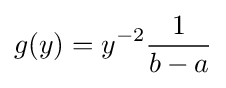
g(y)=y^{-2}{\frac {1}{b-a}}